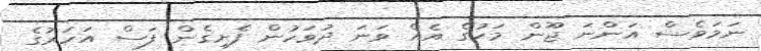
ނަމަވެސް އަންނަ ޖޫން މަހުގެ އެއް ވަނަ ދުވަހުން ފެށިގެން ފަސް އަހަރުގެ